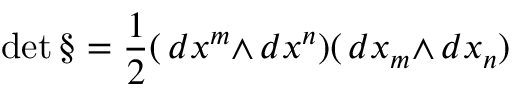
\operatorname * { d e t } { \S } = { \frac { 1 } { 2 } } ( \, d { x ^ { m } } { \wedge } \, d { x ^ { n } } ) ( \, d { x _ { m } } { \wedge } \, d { x _ { n } } )